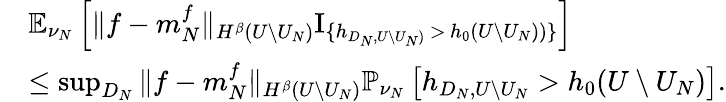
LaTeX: \begin{array}{rl}&{\mathbb{E}_{\nu_{N}}\left[\| f-m_{N}^{f}\| _{H^{\beta}(U\setminus U_{N})}\mathrm{I}_{\{ h_{D_{N},U\setminus U_{N})}\, >\, h_{0}(U\setminus U_{N}))\} }\right]}\\ &{\leq\operatorname*{sup}_{D_{N}}\| f-m_{N}^{f}\| _{H^{\beta}(U\setminus U_{N})}\mathbb{P}_{\nu_{N}}\left[h_{D_{N},U\setminus U_{N}}>h_{0}(U\setminus U_{N})\right].}\end{array}